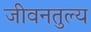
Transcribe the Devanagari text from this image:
जीवनतुल्य